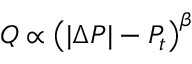
Q \propto \left( | \Delta P | - P _ { t } \right) ^ { \beta }